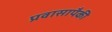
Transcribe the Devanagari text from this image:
प्रवासापैकी